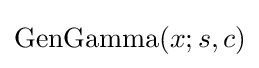
{\text{GenGamma}}(x;s,c)